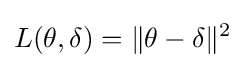
L(\theta ,\delta )=\|\theta -\delta \|^{2}\,\!